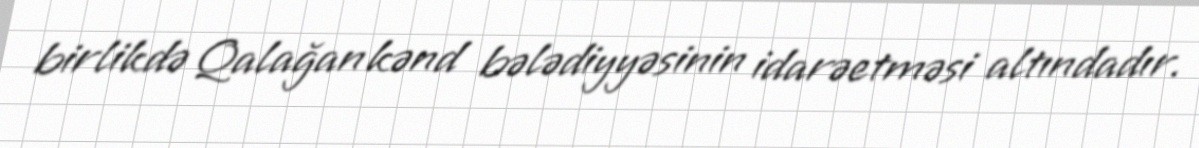
birlikdə Qalağan kənd bələdiyyəsinin idarəetməsi altındadır.